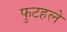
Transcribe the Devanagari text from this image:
फुटहले